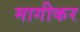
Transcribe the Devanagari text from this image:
मागीकर